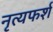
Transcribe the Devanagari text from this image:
नृत्यफर्श